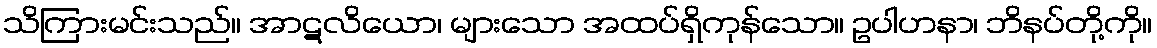
သိကြားမင်းသည်။ အာဋလိယော၊ များသော အထပ်ရှိကုန်သော။ ဥပါဟနာ၊ ဘိနပ်တို့ကို။